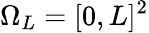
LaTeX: \Omega_{L}=[0,L]^{2}